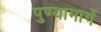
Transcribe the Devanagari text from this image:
पुण्यामार्गे